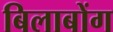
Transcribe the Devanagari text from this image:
बिलाबोंग